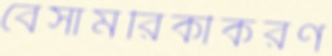
বেসামরিকীকরণ